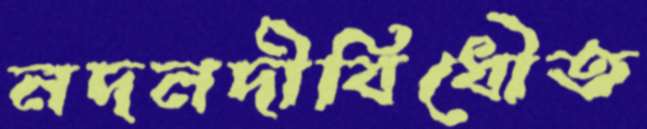
নদনদীবিধৌত